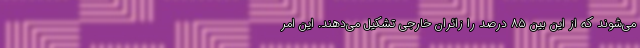
می‌شوند که از این بین ۸۵ درصد را زائران خارجی تشکیل می‌دهند. این امر